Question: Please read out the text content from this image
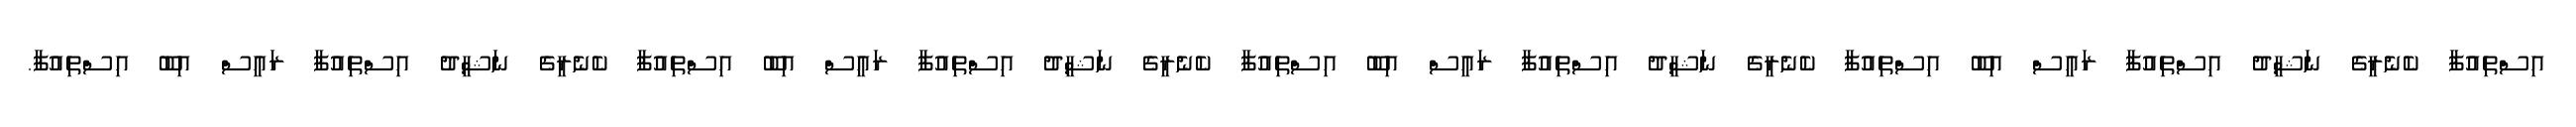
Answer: އިސްތިއުފާ ކެނެރީގެ ނަޝީދު އިސްތިއުފާ ރައީސް އިބޫ އިސްތިއުފާ ކެނެރީގެ ނަޝީދު އިސްތިއުފާ ރައީސް އިބޫ އިސްތިއުފާ ކެނެރީގެ ނަޝީދު އިސްތިއުފާ ރައީސް އިބޫ އިސްތިއުފާ ކެނެރީގެ ނަޝީދު އިސްތިއުފާ ރައީސް އިބޫ އިސްތިއުފާ.